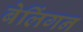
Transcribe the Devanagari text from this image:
बेलिंगन